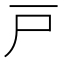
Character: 戸